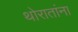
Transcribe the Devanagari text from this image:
थोरातांना